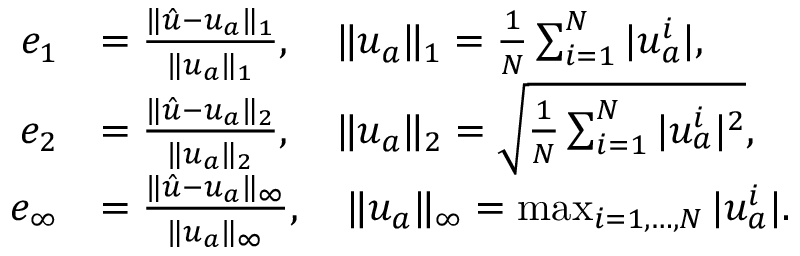
\begin{array} { r l } { e _ { 1 } } & { = \frac { \| \hat { u } - u _ { a } \| _ { 1 } } { \| u _ { a } \| _ { 1 } } , \quad \| u _ { a } \| _ { 1 } = \frac { 1 } { N } \sum _ { i = 1 } ^ { N } | u _ { a } ^ { i } | , } \\ { e _ { 2 } } & { = \frac { \| \hat { u } - u _ { a } \| _ { 2 } } { \| u _ { a } \| _ { 2 } } , \quad \| u _ { a } \| _ { 2 } = \sqrt { \frac { 1 } { N } \sum _ { i = 1 } ^ { N } | u _ { a } ^ { i } | ^ { 2 } } , } \\ { e _ { \infty } } & { = \frac { \| \hat { u } - u _ { a } \| _ { \infty } } { \| u _ { a } \| _ { \infty } } , \quad \| u _ { a } \| _ { \infty } = \operatorname* { m a x } _ { i = 1 , \ldots , N } | u _ { a } ^ { i } | . } \end{array}